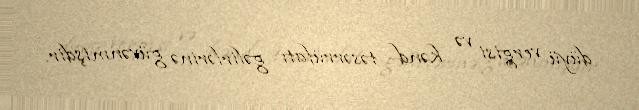
düyü vergisi və kənd təsərrüfatı gəlirlərinə güvənmişdir.